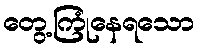
တွေ့ကြုံနေရသော